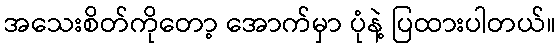
အသေးစိတ်ကိုတော့ အောက်မှာ ပုံနဲ့ ပြထားပါတယ်။